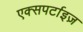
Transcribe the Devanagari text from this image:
एक्सपर्टाइज़